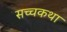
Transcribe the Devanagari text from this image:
सच्चकथा